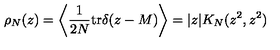
\rho _ { N } ( z ) = \left\langle \frac { 1 } { 2 N } \mathrm { t r } \delta ( z - M ) \right\rangle = | z | K _ { N } ( z ^ { 2 } , z ^ { 2 } )